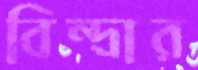
বিন্দ্রার